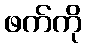
ဖက်ကို